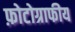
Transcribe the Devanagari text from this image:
फ़ोटोग्राफीय